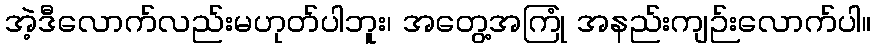
အဲ့ဒီလောက်လည်းမဟုတ်ပါဘူး၊ အတွေ့အကြုံ အနည်းကျဉ်းလောက်ပါ။